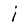
Character: i